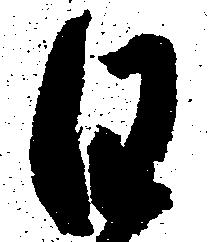
日